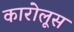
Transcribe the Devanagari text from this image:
कारोलूस